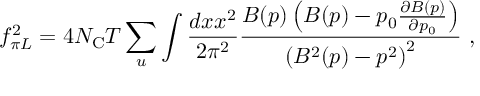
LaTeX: f _ { \pi L } ^ { 2 } = 4 N _ { \mathrm { C } } T \sum _ { u } \int \frac { d x x ^ { 2 } } { 2 \pi ^ { 2 } } \frac { B ( p ) \left( B ( p ) - p _ { 0 } \frac { \partial B ( p ) } { \partial p _ { 0 } } \right) } { \left( B ^ { 2 } ( p ) - p ^ { 2 } \right) ^ { 2 } } \ ,